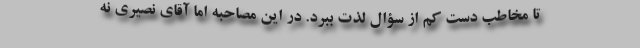
تا مخاطب دست کم از سؤال لذت ببرد. در این مصاحبه اما آقای نصیری نه